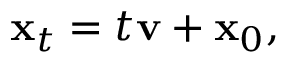
{ \mathbf { x } } _ { t } = t { \mathbf { v } } + { \mathbf { x } } _ { 0 } ,